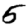
Digit: 5